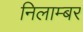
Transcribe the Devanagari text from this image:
निलाम्बर